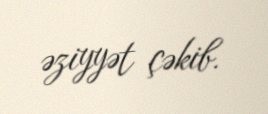
əziyyət çəkib.